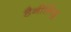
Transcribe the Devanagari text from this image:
डैनीलिडू